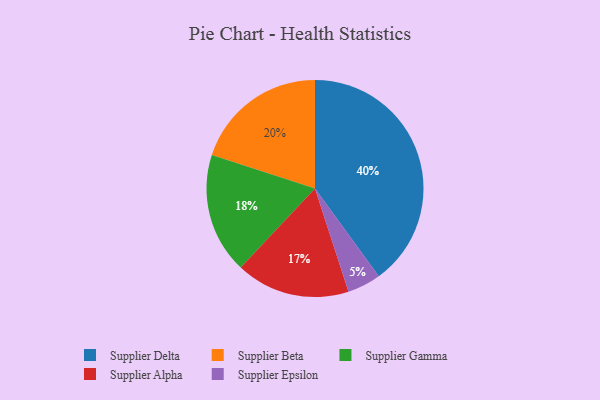
{"axis": {"x": "Category", "y": "Percentage"}, "legend": ["Supplier Alpha", "Supplier Beta", "Supplier Delta", "Supplier Epsilon", "Supplier Gamma"], "data": [{"x": "Supplier Beta", "y": 20, "type": "Supplier Beta"}, {"x": "Supplier Gamma", "y": 18, "type": "Supplier Gamma"}, {"x": "Supplier Alpha", "y": 17, "type": "Supplier Alpha"}, {"x": "Supplier Epsilon", "y": 5, "type": "Supplier Epsilon"}, {"x": "Supplier Delta", "y": 40, "type": "Supplier Delta"}]}